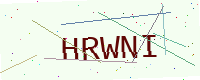
Text: HRWNI